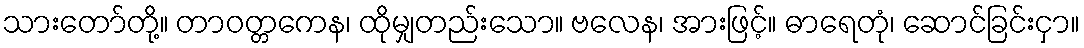
သားတော်တို့။ တာဝတ္တကေန၊ ထိုမျှတည်းသော။ ဗလေန၊ အားဖြင့်။ ဓာရေတုံ၊ ဆောင်ခြင်းငှာ။